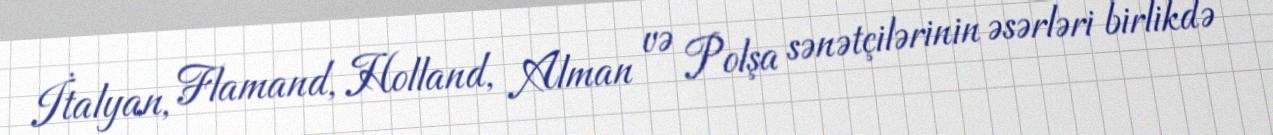
İtalyan, Flamand, Holland, Alman və Polşa sənətçilərinin əsərləri birlikdə